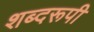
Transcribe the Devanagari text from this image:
शब्दरूपी